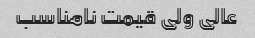
عالی ولی قیمت نامناسب